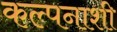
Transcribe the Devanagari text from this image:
कल्पनाशी